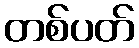
တစ်ပတ်